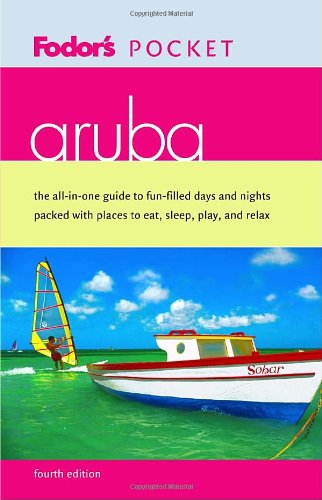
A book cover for Fodor's Pocket Aruba, 4th Edition (Pocket Guides); Fodor's; Travel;